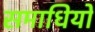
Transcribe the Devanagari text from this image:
समाधियो